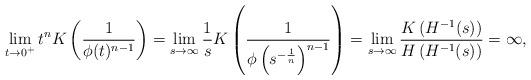
LaTeX: \begin{align*}\lim_{t \to 0^+} t^n K \left( \frac{1}{\phi(t)^{n-1}} \right)= \lim_{s \to \infty} \frac1s K \left( \frac{1}{\phi\left(s^{-\frac1n}\right)^{n-1}} \right) = \lim_{s \to \infty} \frac{K \left( H^{-1}(s) \right)}{H \left( H^{-1}(s) \right)}= \infty,\end{align*}